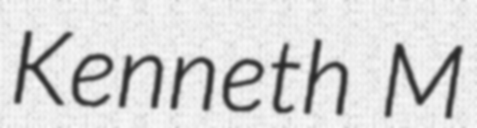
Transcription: Kenneth M